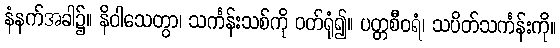
နံနက်အခါ၌။ နိဝါသေတွာ၊ သင်္ကန်းသစ်ကို ဝတ်ရုံ၍။ ပတ္တစီဝရံ၊ သပိတ်သင်္ကန်းကို။